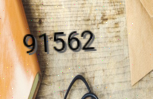
91562